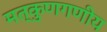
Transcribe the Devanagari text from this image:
मत्कुणगणीय